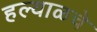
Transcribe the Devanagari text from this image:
हल्याळचे